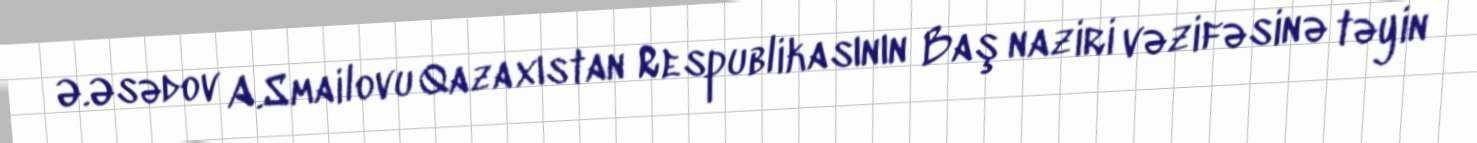
Ə.Əsədov A.Smailovu Qazaxıstan Respublikasının Baş naziri vəzifəsinə təyin